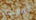
المسجلة